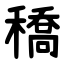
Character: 穚